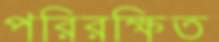
পরিরক্ষিত